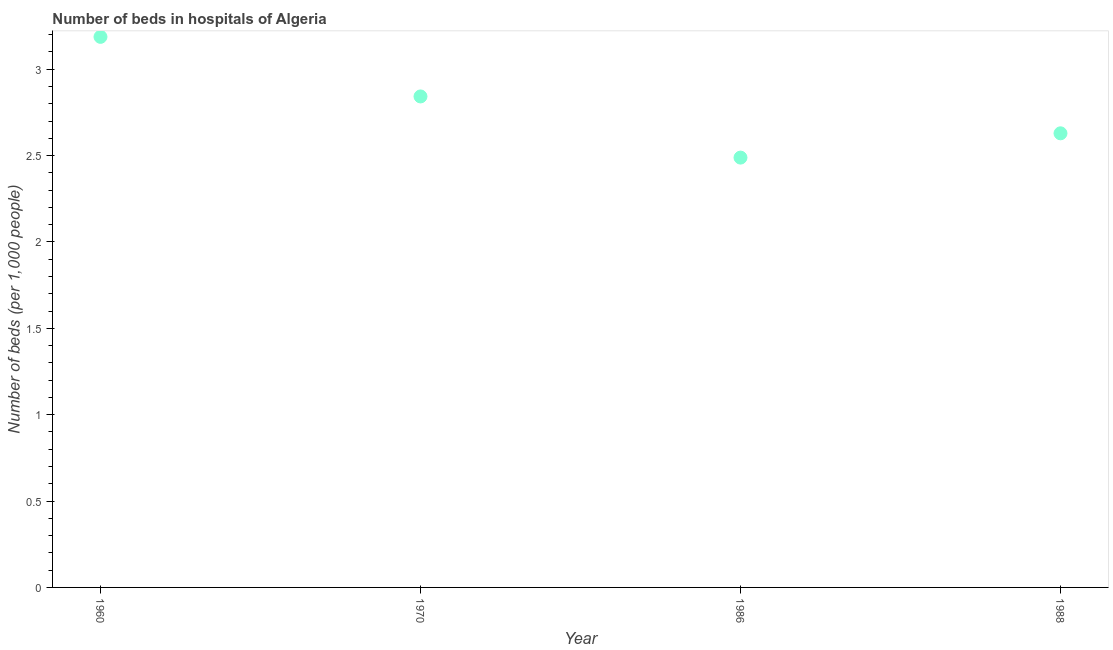
| Year | Hospital beds |
 | --- | --- |
 | 1960 | 3.19 |
 | 1970 | 2.84 |
 | 1986 | 2.49 |
 | 1988 | 2.63 |